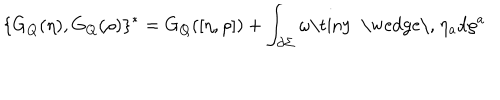
LaTeX: \{ G _ { Q } ( \eta ) , G _ { Q } ( \rho ) \} ^ { * } = G _ { Q } ( [ \eta , \rho ] ) + \int _ { \partial \Sigma } \omega \mathrm { \tiny ~ \wedge \, ~ } \eta _ { a } d \rho ^ { a }